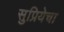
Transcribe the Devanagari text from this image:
सुप्रियेचा